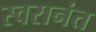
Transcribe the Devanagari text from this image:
स्वरानंत